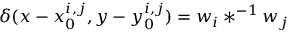
\delta ( x - x _ { 0 } ^ { i , j } , y - y _ { 0 } ^ { i , j } ) = w _ { i } \ast ^ { - 1 } w _ { j }